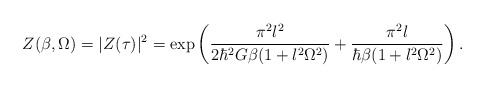
\begin{align*} Z(\beta,\Omega) = |Z(\tau)|^2 =\exp\left(\frac{\pi^2 l^2}{2\hbar^2 G\beta(1+l^2\Omega^2)} +\frac{\pi^2 l}{\hbar \beta(1+l^2 \Omega^2)} \right).\end{align*}